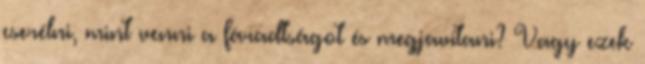
cserélni, mint venni a fáradtságot és megjavítani? Vagy ezek